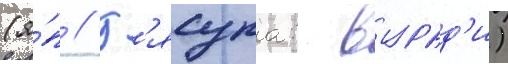
(я́п // Г'ясупа: вурад'и)